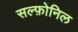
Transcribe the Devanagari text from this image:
सल्फ़ोनिल